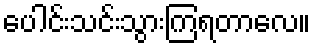
ပေါင်းသင်းသွားကြရတာလေ။